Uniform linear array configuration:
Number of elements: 32
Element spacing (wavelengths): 1
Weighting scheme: uniform
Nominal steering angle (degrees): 15
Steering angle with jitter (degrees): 15.807
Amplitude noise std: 0.05
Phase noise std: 0.05

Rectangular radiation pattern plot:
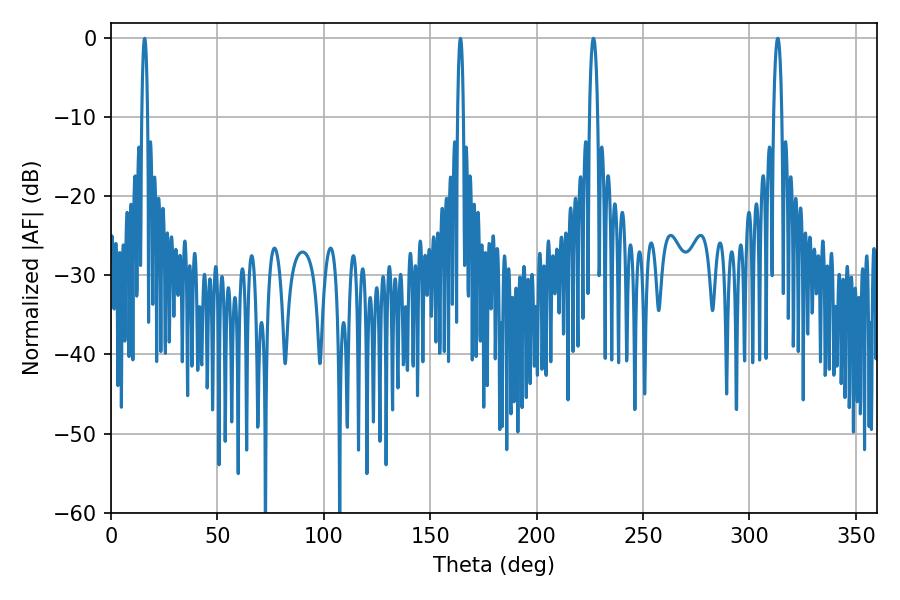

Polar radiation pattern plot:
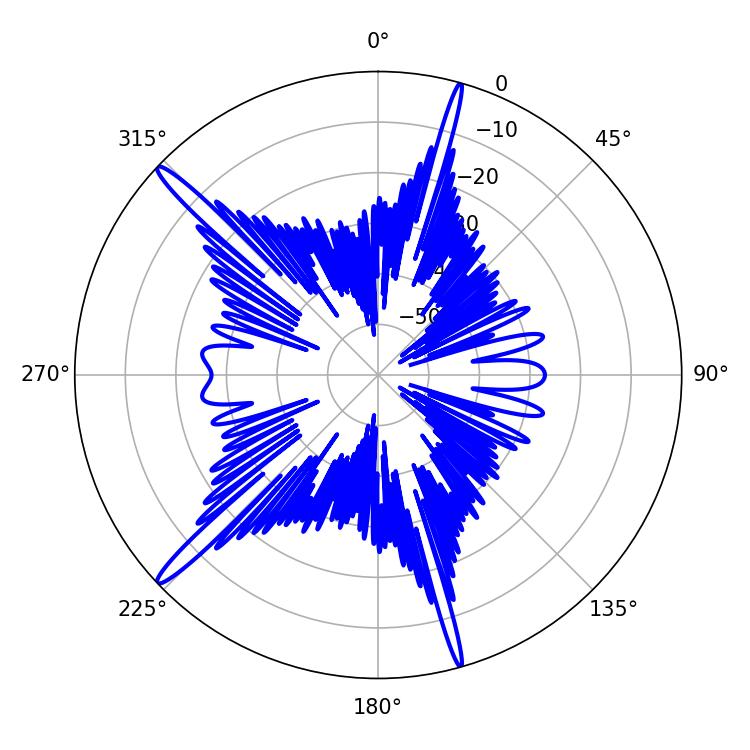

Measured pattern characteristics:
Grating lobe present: TRUE
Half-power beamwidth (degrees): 1.44
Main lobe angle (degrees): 164.16